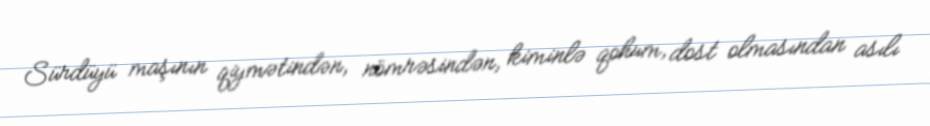
Sürdüyü maşının qiymətindən, nömrəsindən, kiminlə qohum, dost olmasından asılı